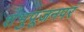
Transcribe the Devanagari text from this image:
शंभुपूजनपरं